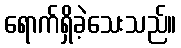
ရောက်ရှိခဲ့သေးသည်။